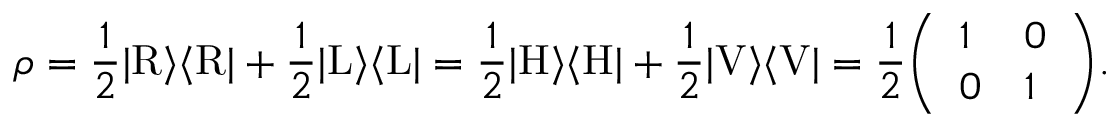
\rho = { \frac { 1 } { 2 } } | \mathrm { R } \rangle \langle \mathrm { R } | + { \frac { 1 } { 2 } } | \mathrm { L } \rangle \langle \mathrm { L } | = { \frac { 1 } { 2 } } | \mathrm { H } \rangle \langle \mathrm { H } | + { \frac { 1 } { 2 } } | \mathrm { V } \rangle \langle \mathrm { V } | = { \frac { 1 } { 2 } } { \left( \begin{array} { l l } { 1 } & { 0 } \\ { 0 } & { 1 } \end{array} \right) } .